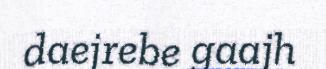
daejrebe gaajh